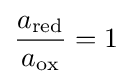
{\frac {a_{\text{red}}}{a_{\text{ox}}}}=1